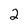
Character: 2